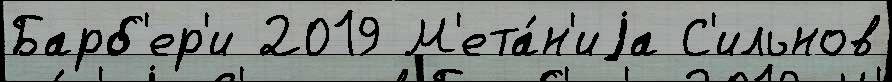
Барб'ер'и 2019 М'ета́н'иjа С'ильнов